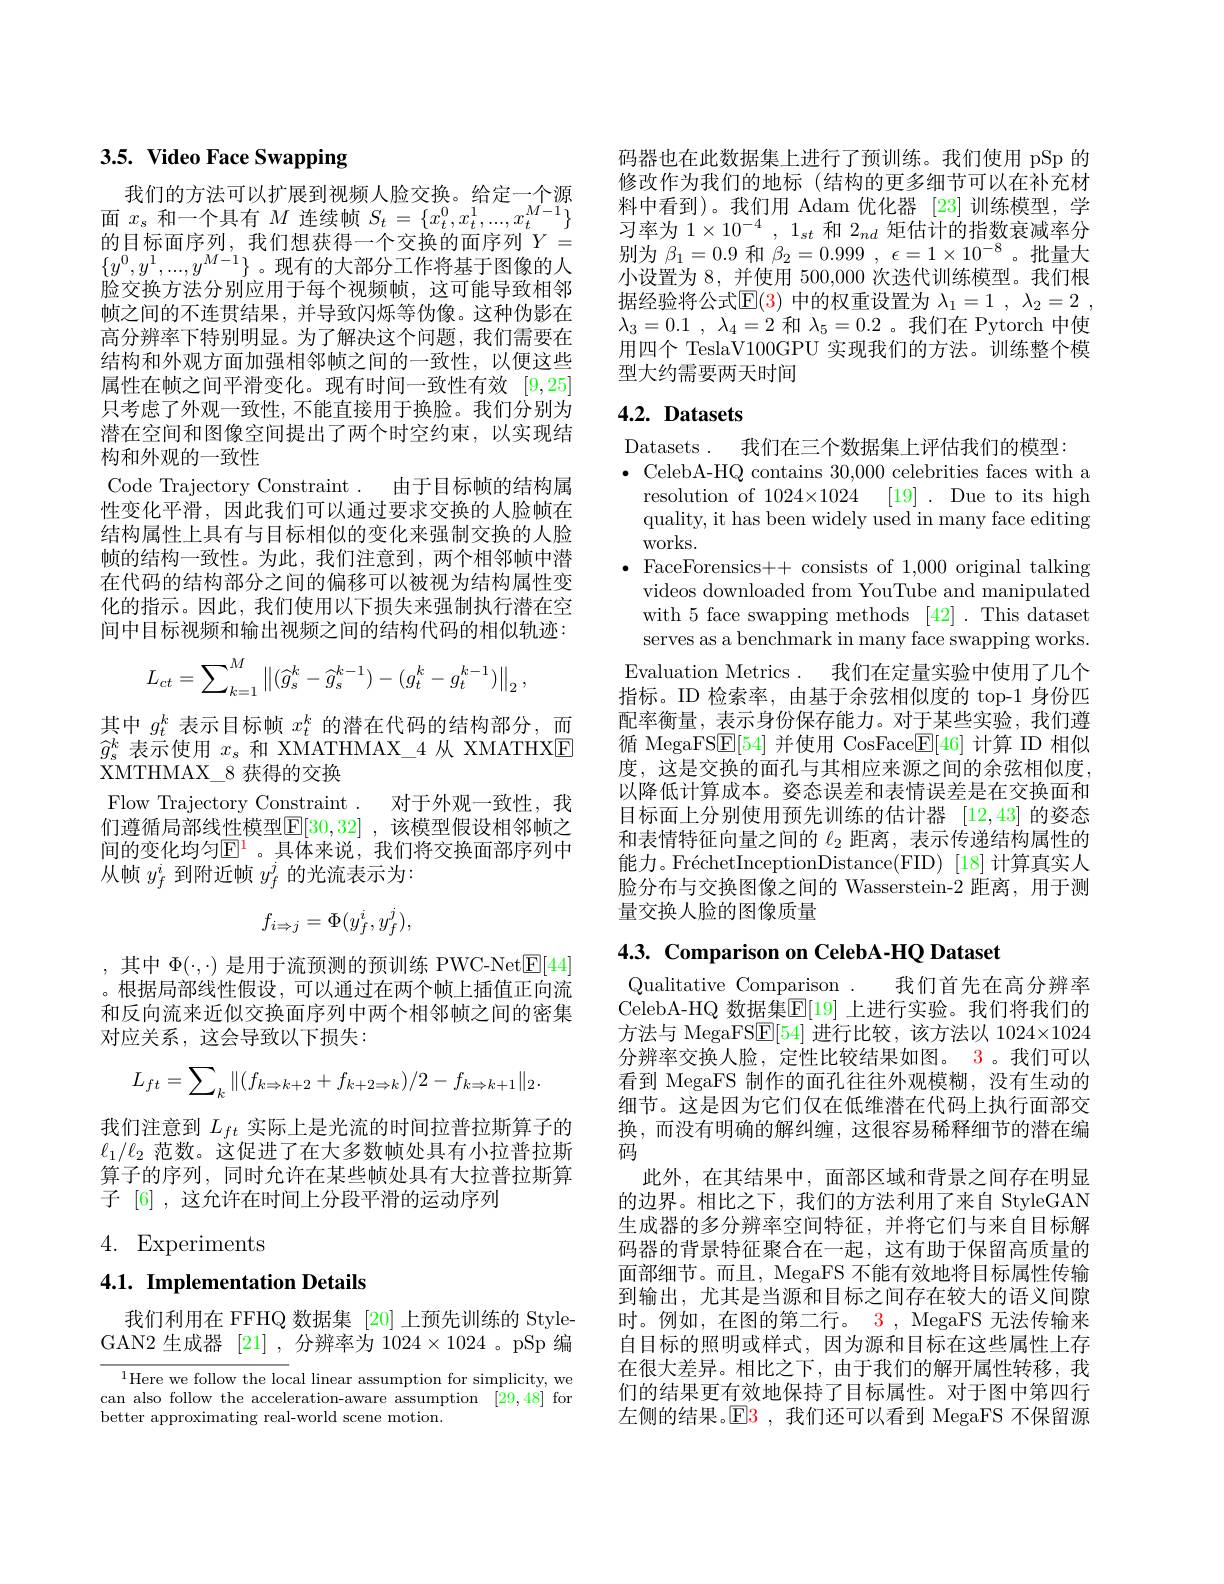
# 3.5. Video Face Swapping

我们的方法可以扩展到视频人脸交换。给定一个源面$x_s$和一个具有$M$连续帧$S_t=\{x_t^0,x_t^1,...,x_t^{M-1}\}$ 的目标面序列，我们想获得一个交换的面序列$Y=$ $\{y^0,y^1,...,y^{M-1}\}$。现有的大部分工作将基于图像的人$\dot{\text{脸交换方法分别应用于每个视频帧，这可能导致相邻}}$ 帧之间的不连贯结果，并导致闪烁等伪像。这种伪影在高分辨率下特别明显。为了解决这个问题，我们需要在结构和外观方面加强相邻帧之间的一致性，以便这些属性在帧之间平滑变化。现有时间一致性有效[9,25] 只考虑了外观一致性，不能直接用于换脸。我们分别为潜在空间和图像空间提出了两个时空约束，以实现结构和外观的一致性
Code Trajectory Constraint . 由于目标帧的结构属性变化平滑，因此我们可以通过要求交换的人脸帧在结构属性上具有与目标相似的变化来强制交换的人脸帧的结构一致性。为此，我们注意到，两个相邻帧中潜在代码的结构部分之间的偏移可以被视为结构属性变化的指示。因此，我们使用以下损失来强制执行潜在空间中目标视频和输出视频之间的结构代码的相似轨迹
$$L_{ct}=\sum_{k=1}^M\left\|(\widehat{g}_s^k-\widehat{g}_s^{k-1})-(g_t^k-g_t^{k-1})\right\|_2,$$
其中$g_t^k$表示目标帧$x_t^k$的潜在代码的结构部分，而$\widehat{g}_s^k$表示使用$x_s$和 XMATHMAX\_4 从 XMATHXE XMTHMAX\_8 获得的交换
Flow Trajectory Constraint . 对于外观一致性，我们遵循局部线性模型$\mathbb{E}[30,32]$ ,该模型假设相邻帧之间的变化均匀$\mathbb{E}^1$。具体来说，我们将交换面部序列中从帧$y_f^i$到附近帧$y_f^j$的光流表示为：
$$f_{i\Rightarrow j}=\Phi(y_f^i,y_f^j),$$
,其中 $\Phi(\cdot,\cdot)$ 是用于流预测的预训练 PWC-Net$\underline{\mathrm{E}}[44]$ 。根据局部线性假设，可以通过在两个帧上插值正向流和反向流来近似交换面序列中两个相邻帧之间的密集对应关系，这会导致以下损失：
$$L_{ft}=\sum_k\|(f_{k\Rightarrow k+2}+f_{k+2\Rightarrow k})/2-f_{k\Rightarrow k+1}\|_2.$$
我们注意到$L_{ft}$实际上是光流的时间拉普拉斯算子的$\ell_1/\ell_2$范数。这促进了在大多数帧处具有小拉普拉斯算子的序列，同时允许在某些帧处具有大拉普拉斯算子 [6] , 这允许在时间上分段平滑的运动序列

# 4. Experiments

## 4.1. Implementation Details

我们利用在 FFHQ 数据集[20]上预先训练的 StyleGAN2 生成器 [21] ,分辨率为$1024\times1024$ 。pSp 编

$^{1}$Here we follow the local linear assumption for simplicity, we can also follow the acceleration-aware assumption [29,48] for better approximating real-world scene motion.

码器也在此数据集上进行了预训练。我们使用 pSp 的修改作为我们的地标(结构的更多细节可以在补充材料中看到)。我们用 Adam 优化器 [23]训练模型，学习率为$1\times10^{-4},1_{st}$和$2_{nd}$矩估计的指数衰减率分别为$\beta_1=0.9$和$\beta_2=0.999,\epsilon=1\times10^{-8}$。批量大小设置为 8, 并使用 500,000 次迭代训练模型。我们根据经验将公式$\operatorname{E}(3)$ 中的权重设置为 $\lambda_1=1,\lambda_2=2$, $\lambda _3= 0. 1$ , $\lambda _4= 2$和$\lambda_5=0.2$ 。我们在 Pytorch 中使用四个 TeslaV100GPU 实现我们的方法。训练整个模型大约需要两天时间

## $4. 2. \textbf{ Datasets}$

Datasets. 我们在三个数据集上评估我们的模型：
$\bullet$ CelebA-HQ contains 30,000 celebrities faces with a
resolution of $1024\times 1024$ [19]. Due to its high quality, it has been widely used in many face editing WOrks.
$\bullet$ FaceForensics++ consists of 1,000 original talking
videos downloaded from YouTube and manipulated with 5 face swapping methods [42]. This dataset serves as a benchmark in many face swapping works Evaluation Metrics . 我们在定量实验中使用了几个指标。ID 检索率，由基于余弦相似度的 top-1 身份匹配率衡量，表示身份保存能力。对于某些实验，我们遵循 MegaFS$\boxed{\mathrm{E}}[54]$并使用 CosFace$\boxed{\mathrm{F}}[46]$计算 ID 相似度，这是交换的面孔与其相应来源之间的余弦相似度， 以降低计算成本。姿态误差和表情误差是在交换面和目标面上分别使用预先训练的估计器 [12,43] 的姿态和表情特征向量之间的$\ell_2$距离，表示传递结构属性的能力。FréchetInceptionDistance(FID) [18] 计算真实人脸分布与交换图像之间的 Wasserstein-2 距离，用于测量交换人脸的图像质量

$4. 3. \textbf{ Comparison on CelebA- HQ Dataset}$

Qualitative Comparison . 我们首先在高分辨率CelebA-HQ 数据集$\mathbb{E}[19]$ 上进行实验。我们将我们的方法与 MegaFS$\boxed{\mathrm{E}}[54]$进行比较，该方法以 1024×1024分辨率交换人脸，定性比较结果如图。3。我们可以看到 MegaFS 制作的面孔往往外观模糊，没有生动的细节。这是因为它们仅在低维潜在代码上执行面部交换，而没有明确的解纠缠，这很容易稀释细节的潜在编$\ddot{\text{码}}$
此外，在其结果中，面部区域和背景之间存在明显的边界。相比之下，我们的方法利用了来自 StyleGAN 生成器的多分辨率空间特征，并将它们与来自目标解码器的背景特征聚合在一起，这有助于保留高质量的面部细节。而且，MegaFS 不能有效地将目标属性传输到输出，尤其是当源和目标之间存在较大的语义间隙时。例如，在图的第二行。3 , MegaFS 无法传输来自目标的照明或样式，因为源和目标在这些属性上存在很大差异。相比之下，由于我们的解开属性转移，我们的结果更有效地保持了目标属性。对于图中第四行左侧的结果。$\operatorname{E3}$ ,我们还可以看到 MegaFS 不保留源